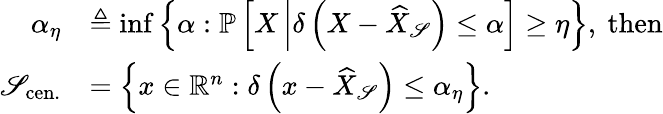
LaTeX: \begin{array}{rl}{\alpha_{\eta}}&{\triangleq\operatorname*{inf}{\left\{ \alpha:{\mathbb{P}}\left[X\left\lvert\delta\left(X-{\widehat{X}}_{\mathscr{S}}\right)\le\alpha\right.\right]\ge\eta\right\} },\ \mathrm{then}}\\ {{\mathscr{S}}_{\mathrm{cen.}}}&{=\left\{ x\in{\mathbb{R}}^{n}:\delta\left(x-{\widehat{X}}_{\mathscr{S}}\right)\le\alpha_{\eta}\right\} .}\end{array}